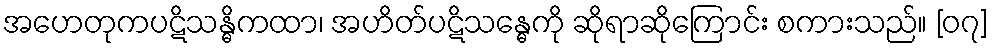
အဟေတုကပဋိသန္ဓိကထာ၊ အဟိတ်ပဋိသန္ဓေကို ဆိုရာဆိုကြောင်း စကားသည်။ [၀၇]